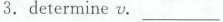
3. determine v.___________